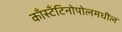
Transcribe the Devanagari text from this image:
काँस्टँटिनोपोलमधील